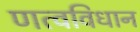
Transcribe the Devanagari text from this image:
णत्वविधान